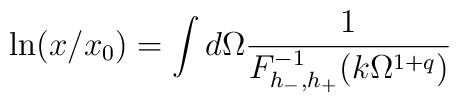
\ln (x / x_0 ) = \int d \Omega \frac{1}{ F_{h_- , h_+ }^{-1} ( k \Omega^{1 + q } )  }